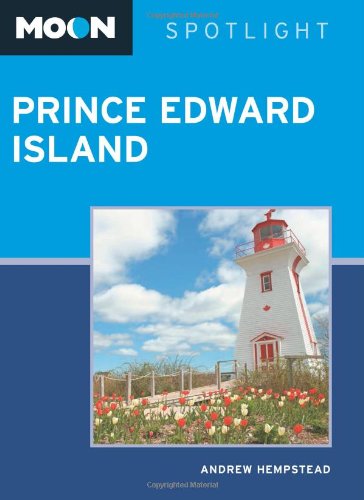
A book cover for Moon Spotlight Prince Edward Island; Andrew Hempstead; Travel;